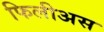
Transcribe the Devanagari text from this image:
फिलीअस